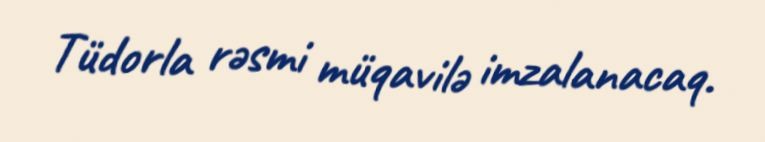
Tüdorla rəsmi müqavilə imzalanacaq.